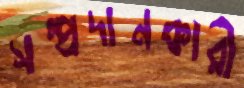
সম্প্রদানকারী